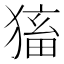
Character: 𤠕